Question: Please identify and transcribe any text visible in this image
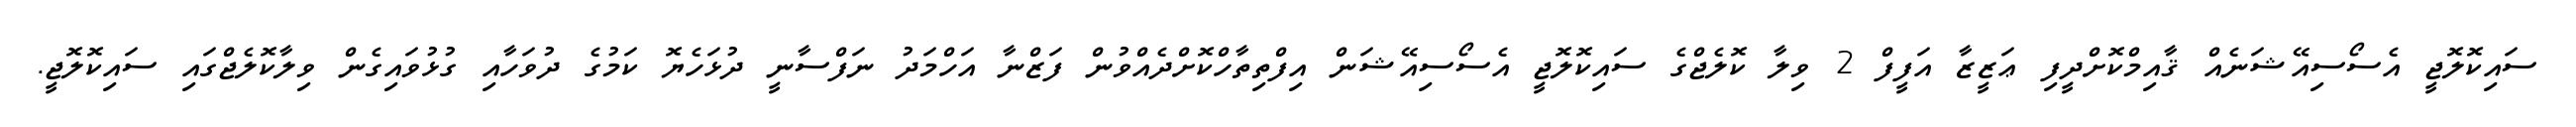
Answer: ސައިކޮލޮޖީ އެސޯސިއޭޝަނެއް ޤާއިމްކޮށްދީފި ޢަޒީޒާ އަފީފް 2 ވިލާ ކޮލެޖްގެ ސައިކޮލޮޖީ އެސޯސިއޭޝަން އިފްތިތާހްކޮށްދެއްވުން ފަޒްނާ އަހްމަދު ނަފްސާނީ ދުޅަހެޔޮ ކަމުގެ ދުވަހާއި ގުޅުވައިގެން ވިލާކޮލެޖްގައި ސައިކޮލޮޖީ.